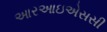
આરઆઇએસસી